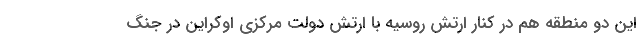
این دو منطقه هم در کنار ارتش روسیه با ارتش دولت مرکزی اوکراین در جنگ